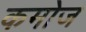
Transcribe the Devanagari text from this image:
कमोज